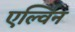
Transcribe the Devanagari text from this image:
एर्ल्विन